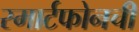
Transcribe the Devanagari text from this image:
स्मार्टफोनची